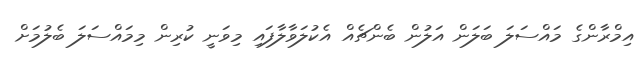
އިމްރާންގެ މައްސަލަ ބަލަން އަލުން ބެންޗެއް އެކުލަވާލާފައި މިވަނީ ކުރިން މިމައްސަލަ ބެލުމަށް